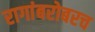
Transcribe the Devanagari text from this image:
रागांबरोबरच